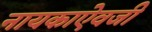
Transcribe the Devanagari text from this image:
नायकाऐवजी